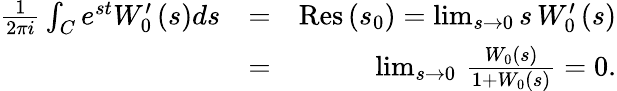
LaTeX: \begin{array}{rlr}{\frac{1}{2\pi i}\int_{C}e^{st}W_{0}^{\prime}\left(s\right)ds}&{=}&{\mathrm{Res}\left(s_{0}\right)=\operatorname*{lim}_{s\rightarrow 0}s\, W_{0}^{\prime}\left(s\right)}\\ &{=}&{\operatorname*{lim}_{s\rightarrow 0}\, \frac{W_{0}\left(s\right)}{1+W_{0}\left(s\right)}=0.}\end{array}